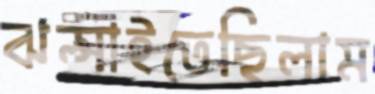
ঝল্‌সাইতেছিলাম